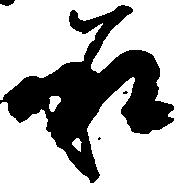
承